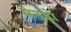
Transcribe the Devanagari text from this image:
मेनुडो